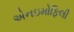
એનઇમોફિલી